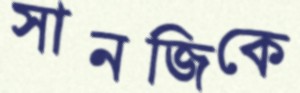
সানজিকে